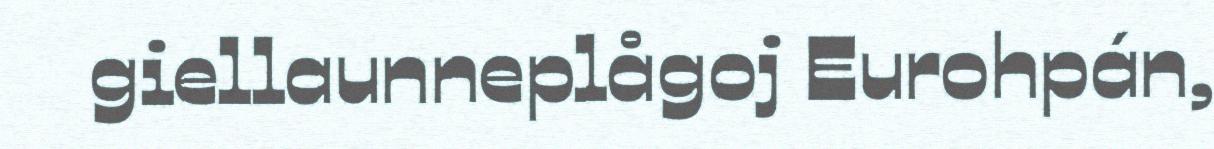
giellaunneplågoj Eurohpán,